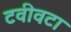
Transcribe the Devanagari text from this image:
टवीवटा